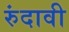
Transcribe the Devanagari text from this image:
रुंदावी